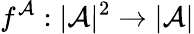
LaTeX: f^{\mathcal{A}}:|{\mathcal{A}}|^{2}\rightarrow|{\mathcal{A}}|